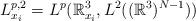
LaTeX: \begin{align*}L^{p,2}_{x_i}=L^p(\mathbb{R}^3_{x_i},L^2((\mathbb{R}^3)^{N-1}))\end{align*}